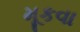
મૂકવા